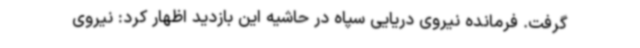
گرفت. فرمانده نیروی دریایی سپاه در حاشیه این بازدید اظهار کرد: نیروی